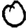
Digit: 0